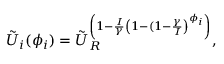
\tilde { U } _ { i } ( \phi _ { i } ) = \tilde { U } _ { R } ^ { \left( 1 - \frac { I } { \gamma } \left( 1 - ( 1 - \frac { \gamma } { I } \right) ^ { \phi _ { i } } \right) } ,